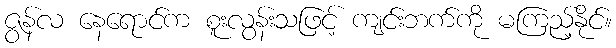
ဇွန်လ နေရောင်က စူးလွန်းသဖြင့် ကျင်းဘက်ကို မကြည့်နိုင်။